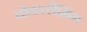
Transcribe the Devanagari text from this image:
चोक्स्लैमिंग